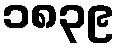
၁၈၃၉